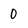
Character: 0